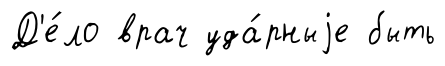
Д'е́ло врач уда́рныjе быть